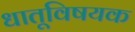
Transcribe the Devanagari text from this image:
धातूविषयक